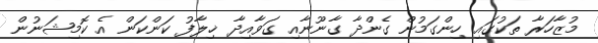
މުޒާހަރާ ތަކުގައި ހިންގަމުން ގެންދާ ގާނޫނާއި ގަވާއިދާ ޚިލާފު ކަންކަން އެ ކޮމިޝަނުން